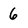
Character: 6